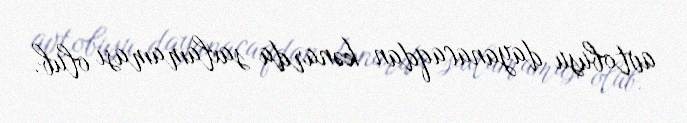
avtobusu dayanacaqdan kənarda saxlamaması olub.